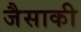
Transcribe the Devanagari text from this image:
जैसाकी